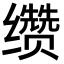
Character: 缵